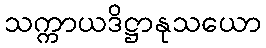
သက္ကာယဒိဋ္ဌာနုသယော